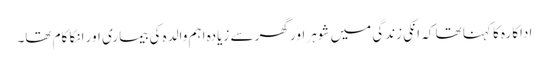
اداکارہ کا کہنا تھا کہ انکی زندگی میں شوہر اور گھر سے زیادہ اہم والدہ کی بیماری اور انکا کام تھا۔